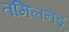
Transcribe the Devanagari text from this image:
तमिलनडू